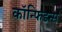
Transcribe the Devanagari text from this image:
कॉन्फिडन्स